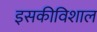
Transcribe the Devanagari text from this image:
इसकीविशाल